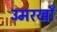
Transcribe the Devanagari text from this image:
उमरखाँ